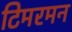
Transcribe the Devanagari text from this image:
टिमरमन